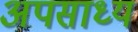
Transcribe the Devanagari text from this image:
अपसाध्य